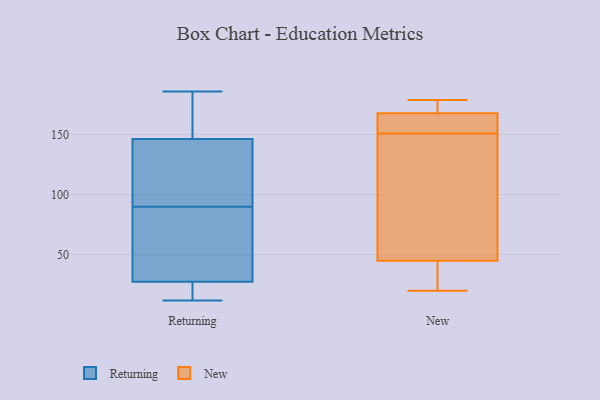
{"axis": {"x": "LTV (USD)", "y": "Value"}, "legend": ["New", "Returning"], "data": [{"x": "", "y": 13, "type": "Returning"}, {"x": "", "y": 186, "type": "Returning"}, {"x": "", "y": 122, "type": "Returning"}, {"x": "", "y": 163, "type": "Returning"}, {"x": "", "y": 12, "type": "Returning"}, {"x": "", "y": 142, "type": "Returning"}, {"x": "", "y": 38, "type": "Returning"}, {"x": "", "y": 172, "type": "Returning"}, {"x": "", "y": 114, "type": "Returning"}, {"x": "", "y": 89, "type": "Returning"}, {"x": "", "y": 82, "type": "Returning"}, {"x": "", "y": 90, "type": "Returning"}, {"x": "", "y": 24, "type": "Returning"}, {"x": "", "y": 148, "type": "Returning"}, {"x": "", "y": 22, "type": "Returning"}, {"x": "", "y": 64, "type": "New"}, {"x": "", "y": 32, "type": "New"}, {"x": "", "y": 135, "type": "New"}, {"x": "", "y": 171, "type": "New"}, {"x": "", "y": 179, "type": "New"}, {"x": "", "y": 20, "type": "New"}, {"x": "", "y": 167, "type": "New"}, {"x": "", "y": 168, "type": "New"}, {"x": "", "y": 45, "type": "New"}, {"x": "", "y": 167, "type": "New"}]}